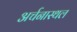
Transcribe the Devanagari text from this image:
अर्चनास्थल